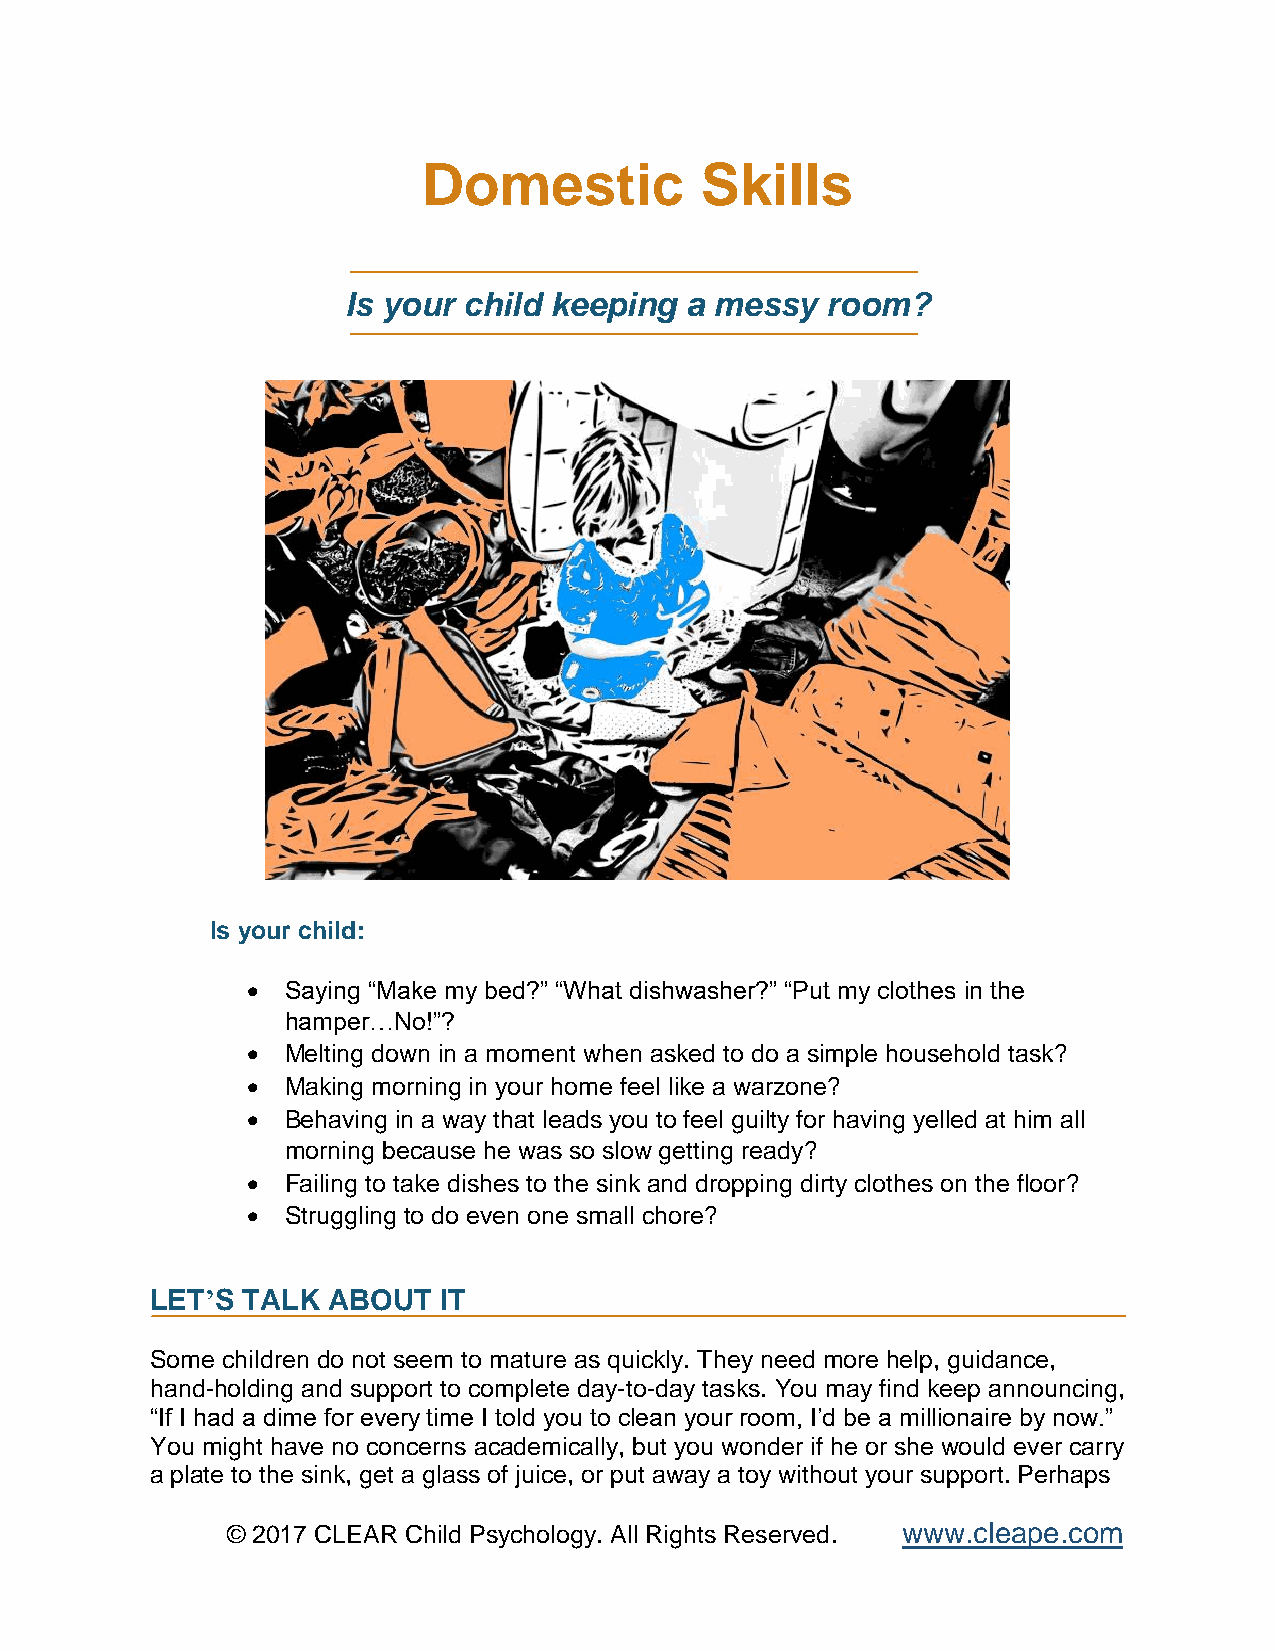
Domestic          Skills
 Is your child keeping a messy   room?
 Is your child:
 •  Saying “Make my bed?” “What dishwasher?” “Put my clothes in the
 hamper…No!”?
 •  Melting down in a moment when asked to do a simple household task?
 •  Making morning in your home feel like a warzone?
 •  Behaving in a way that leads you to feel guilty for having yelled at him all
 morning because he was so slow getting ready?
 •  Failing to take dishes to the sink and dropping dirty clothes on the floor?
 •  Struggling to do even one small chore?
 LET’S TALK  ABOUT  IT
 Some children do not seem to mature as quickly. They need more help, guidance,
 hand-holding and support to complete day-to-day tasks. You may find keep announcing,
 “If I had a dime for every time I told you to clean your room, I’d be a millionaire by now.”
 You might have no concerns academically, but you wonder if he or she would ever carry
 a plate to the sink, get a glass of juice, or put away a toy without your support. Perhaps
 © 2017 CLEAR Child Psychology. All Rights Reserved. www.cleape.com